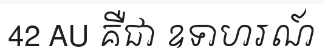
42 AU គឺជា ឧទាហរណ៍